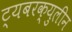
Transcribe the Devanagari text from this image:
ट्यबरक्युलीन